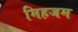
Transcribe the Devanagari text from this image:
मिहजम